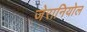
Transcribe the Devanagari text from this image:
जेरानियोल